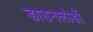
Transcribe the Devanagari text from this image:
डाउनलोडों